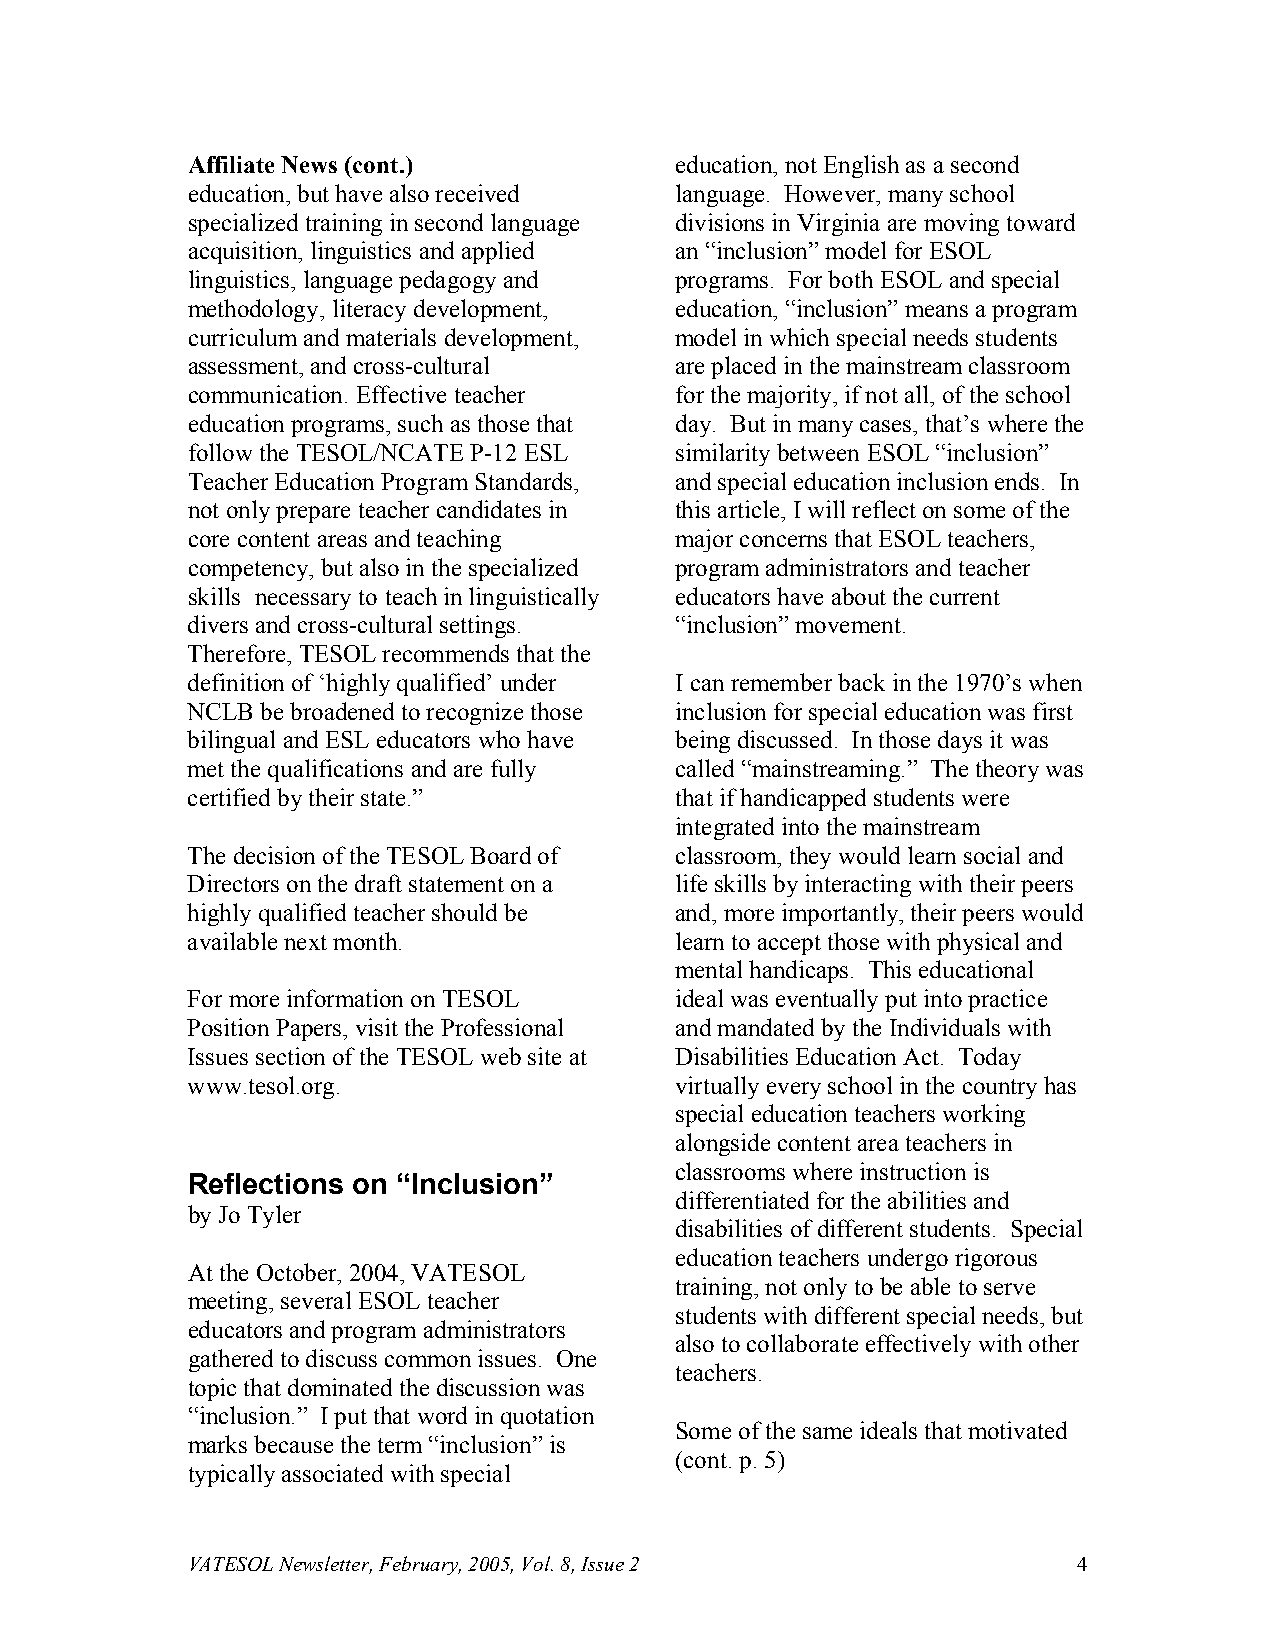
Affiliate News (cont.)           education, not English as a second
 education, but have also received language. However, many school
 specialized training in second language divisions in Virginia are moving toward
 acquisition, linguistics and applied an “inclusion” model for ESOL
 linguistics, language pedagogy and programs. For both ESOL and special
 methodology, literacy development, education, “inclusion” means a program
 curriculum and materials development, model in which special needs students
 assessment, and cross-cultural   are placed in the mainstream classroom
 communication. Effective teacher for the majority, if not all, of the school
 education programs, such as those that day. But in many cases, that’s where the
 follow the TESOL/NCATE P-12 ESL  similarity between ESOL “inclusion”
 Teacher Education Program Standards, and special education inclusion ends. In
 not only prepare teacher candidates in this article, I will reflect on some of the
 core content areas and teaching  major concerns that ESOL teachers,
 competency, but also in the specialized program administrators and teacher
 skills necessary to teach in linguistically educators have about the current
 divers and cross-cultural settings. “inclusion” movement.
 Therefore, TESOL recommends that the
 definition of ‘highly qualified’ under I can remember back in the 1970’s when
 NCLB be broadened to recognize those inclusion for special education was first
 bilingual and ESL educators who have being discussed. In those days it was
 met the qualifications and are fully called “mainstreaming.” The theory was
 certified by their state.”       that if handicapped students were
 integrated into the mainstream
 The decision of the TESOL Board of classroom, they would learn social and
 Directors on the draft statement on a life skills by interacting with their peers
 highly qualified teacher should be and, more importantly, their peers would
 available next month.            learn to accept those with physical and
 mental handicaps. This educational
 For more information on TESOL    ideal was eventually put into practice
 Position Papers, visit the Professional and mandated by the Individuals with
 Issues section of the TESOL web site at Disabilities Education Act. Today
 www.tesol.org.                   virtually every school in the country has
 special education teachers working
 alongside content area teachers in
 classrooms where instruction is
 Reflections on “Inclusion”
 differentiated for the abilities and
 by Jo Tyler
 disabilities of different students. Special
 education teachers undergo rigorous
 At the October, 2004, VATESOL
 training, not only to be able to serve
 meeting, several ESOL teacher
 students with different special needs, but
 educators and program administrators
 also to collaborate effectively with other
 gathered to discuss common issues. One
 teachers.
 topic that dominated the discussion was
 “inclusion.” I put that word in quotation
 Some of the same ideals that motivated
 marks because the term “inclusion” is
 (cont. p. 5)
 typically associated with special
 VATESOL Newsletter, February, 2005, Vol. 8, Issue 2        4